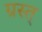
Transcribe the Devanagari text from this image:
ग्रस्त्